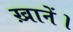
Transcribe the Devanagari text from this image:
ख़ानें।